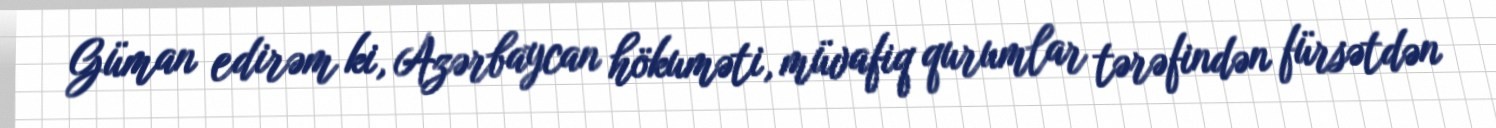
Güman edirəm ki, Azərbaycan hökuməti, müvafiq qurumlar tərəfindən fürsətdən